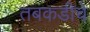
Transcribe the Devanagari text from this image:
तबकडीचे